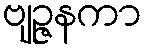
ဗျဉ္ဇနကာ